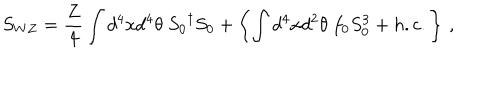
LaTeX: S _ { W Z } = \frac { Z } { 4 } \int d ^ { 4 } x d ^ { 4 } \theta ~ { S _ { 0 } } ^ { \dagger } { S _ { 0 } } + \left\{ \int d ^ { 4 } x d ^ { 2 } \theta ~ f _ { 0 } S _ { 0 } ^ { 3 } + h . c . \right\} \, ,